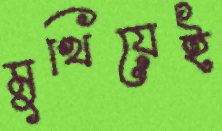
মুখিয়েই